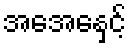
အေအေနှင့်